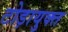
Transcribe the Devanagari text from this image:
टोड़ायुक्त